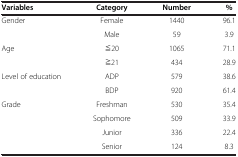
<table><thead><tr><td><b>Variables</b></td><td><b>Category</b></td><td><b>Number</b></td><td><b>%</b></td></tr></thead><tbody><tr><td>Gender</td><td>Female</td><td>1440</td><td>96.1</td></tr><tr><td> </td><td>Male</td><td>59</td><td>3.9</td></tr><tr><td>Age</td><td>≦20</td><td>1065</td><td>71.1</td></tr><tr><td> </td><td>≧21</td><td>434</td><td>28.9</td></tr><tr><td>Level of education</td><td>ADP</td><td>579</td><td>38.6</td></tr><tr><td> </td><td>BDP</td><td>920</td><td>61.4</td></tr><tr><td>Grade</td><td>Freshman</td><td>530</td><td>35.4</td></tr><tr><td> </td><td>Sophomore</td><td>509</td><td>33.9</td></tr><tr><td> </td><td>Junior</td><td>336</td><td>22.4</td></tr><tr><td> </td><td>Senior</td><td>124</td><td>8.3</td></tr></tbody></table>